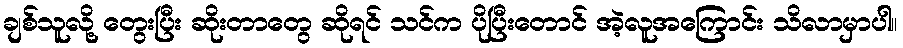
ချစ်သူလို့ တွေးပြီး ဆိုးတာတွေ ဆိုရင် သင်က ပိုပြီးတောင် အဲ့လူအကြောင်း သိလာမှာပါ။